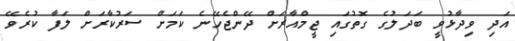
އަދި ވިދާޅުވީ ބަދަލުގެ ގޮތުގައި ޖީމްއާރަށް ދޭންޖެހޭނެ ކަމަށް ސަރުކާރަށް ލަފާ ކުރެވޭ